Vaccination report Assam 1874-1896 - 1874-1896
Year: 1874
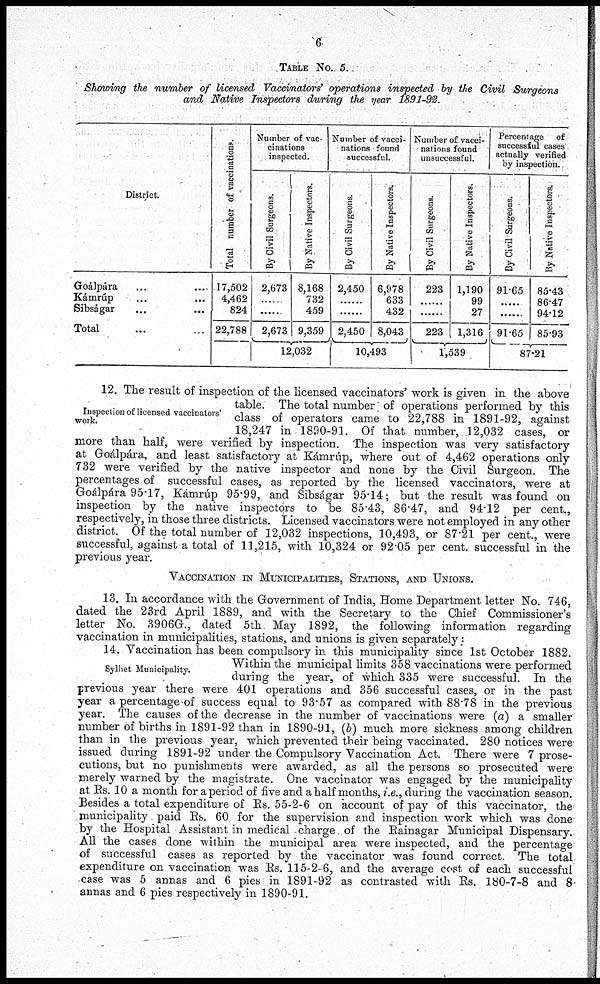
6
TABLE No. 5.
Showing the number of licensed Vaccinators' operations inspected by the Civil Surgeons
and Native Inspectors during the year 1891-92.
District.
Goálpára ... ...
Kámrúp ... ...
Sibságar ... ...
Total ...
Total number of vaccinations.
17,502
4,462
824
22,788
Number of vac-
cinations
inspected.
By Civil Surgeons.
2,673
.....
.....
2,673
By Native Inspectors.
8,168
732
459
9,359
12,032
Number of vacci-
nations found
successful.
By Civil Surgeons.
2,450
......
......
2,450
By Native Inspectors.
6,978
633
432
8,043
10,493
Number of vacci-
nations found
unsuccessful.
By Civil Surgeons.
223
......
......
223
By Native Inspectors.
1,190
99
27
1,316
1,539
Percentage of
successful cases
actually verified
by inspection.
By Civil Surgeons.
91.65
......
......
91.65
By Native Inspectors.
85.43
86.47
94.12
85.93
87.21
Inspection of licensed vaccinators'
work.
12. The result of inspection of the licensed vaccinators' work is given in the above
table. The total number of operations performed by this
class of operators came to 22,788 in 1891-92, against
18,247 in 1890-91. Of that number, 12,032 cases, or
more than half, were verified by inspection. The inspection was very satisfactory
at Goálpára, and least satisfactory at Kámrúp, where out of 4,462 operations only
732 were verified by the native inspector and none by the Civil Surgeon. The
percentages of successful cases, as reported by the licensed vaccinators, were at
Goálpára 95.17, Kámrúp 95.99, and Sibságar 95.14; but the result was found on
inspection by the native inspectors to be 85.43, 86.47, and 94.12 per cent.,
respectively, in those three districts. Licensed vaccinators were not employed in any other
district. Of the total number of 12,032 inspections, 10,493, or 87.21 per cent., were
successful, against a total of 11,215, with 10,324 or 92.05 per cent. successful in the
previous year.
VACCINATION IN MUNICIPALITIES, STATIONS, AND UNIONS.
13. In accordance with the Government of India, Home Department letter No. 746,
dated the 23rd April 1889, and with the Secretary to the Chief Commissioner's
letter No. 3906G., dated 5th. May 1892, the following information regarding
vaccination in municipalities, stations, and unions is given separately:
Sylhet Municipality.
14. Vaccination has been compulsory in this municipality since 1st October 1882.
Within the municipal limits 358 vaccinations were performed
during the year, of which 335 were successful. In the
previous year there were 401 operations and 356 successful cases, or in the past
year a percentage of success equal to 93.57 as compared with 88.78 in the previous
year. The causes of the decrease in the number of vaccinations were (a) a smaller
number of births in 1891-92 than in 1890-91, (b) much more sickness among children
than in the previous year, which prevented their being vaccinated. 280 notices were
issued during 1891-92 under the Compulsory Vaccination Act. There were 7 prose-
cutions, but no punishments were awarded, as all the persons so prosecuted were
merely warned by the magistrate. One vaccinator was engaged by the municipality
at Rs. 10 a month for a period of five and a half months, i.e., during the vaccination season.
Besides a total expenditure of Rs. 55-2-6 on account of pay of this vaccinator, the
municipality paid Rs. 60 for the supervision and inspection work which was done
by the Hospital Assistant in medical -charge of the Rainagar Municipal Dispensary.
All the cases done within the municipal area were inspected, and the percentage
of successful cases as reported by the vaccinator was found correct. The total
expenditure on vaccination was Rs. 115-2-6, and the average cost of each successful
case was 5 annas and 6 pies in 1891-92 as contrasted with Rs. 180-7-8 and 8
annas and 6 pies respectively in 1890-91.